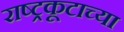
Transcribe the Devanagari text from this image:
राष्ट्रकूटाच्या